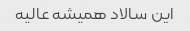
این سالاد همیشه عالیه